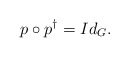
\begin{align*} p\circ p^{\dagger}= Id_G.\end{align*}